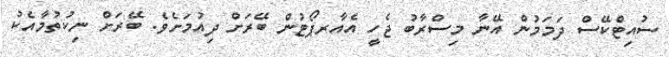
ސުއިޓްކޭސް ދަމަމުން އޭނާ މިސްރާބު ޖެހީ އެއާރޕޯޓުން ބޭރަށް ދިއުމަށެވެ. ބޭރަށް ނިކުތުމާއެކު